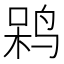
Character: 𲍹